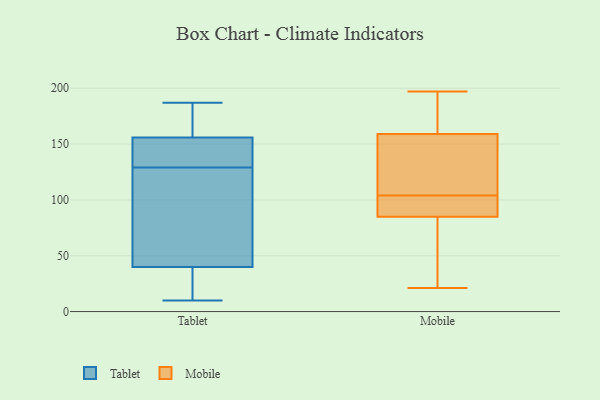
{"axis": {"x": "Revenue (USD Million)", "y": "Value"}, "legend": ["Mobile", "Tablet"], "data": [{"x": "", "y": 62, "type": "Tablet"}, {"x": "", "y": 61, "type": "Tablet"}, {"x": "", "y": 145, "type": "Tablet"}, {"x": "", "y": 10, "type": "Tablet"}, {"x": "", "y": 157, "type": "Tablet"}, {"x": "", "y": 175, "type": "Tablet"}, {"x": "", "y": 108, "type": "Tablet"}, {"x": "", "y": 16, "type": "Tablet"}, {"x": "", "y": 163, "type": "Tablet"}, {"x": "", "y": 179, "type": "Tablet"}, {"x": "", "y": 25, "type": "Tablet"}, {"x": "", "y": 27, "type": "Tablet"}, {"x": "", "y": 149, "type": "Tablet"}, {"x": "", "y": 126, "type": "Tablet"}, {"x": "", "y": 129, "type": "Tablet"}, {"x": "", "y": 143, "type": "Tablet"}, {"x": "", "y": 187, "type": "Tablet"}, {"x": "", "y": 33, "type": "Tablet"}, {"x": "", "y": 153, "type": "Tablet"}, {"x": "", "y": 98, "type": "Mobile"}, {"x": "", "y": 171, "type": "Mobile"}, {"x": "", "y": 159, "type": "Mobile"}, {"x": "", "y": 97, "type": "Mobile"}, {"x": "", "y": 91, "type": "Mobile"}, {"x": "", "y": 21, "type": "Mobile"}, {"x": "", "y": 159, "type": "Mobile"}, {"x": "", "y": 112, "type": "Mobile"}, {"x": "", "y": 169, "type": "Mobile"}, {"x": "", "y": 77, "type": "Mobile"}, {"x": "", "y": 197, "type": "Mobile"}, {"x": "", "y": 22, "type": "Mobile"}, {"x": "", "y": 110, "type": "Mobile"}, {"x": "", "y": 60, "type": "Mobile"}, {"x": "", "y": 85, "type": "Mobile"}, {"x": "", "y": 96, "type": "Mobile"}, {"x": "", "y": 128, "type": "Mobile"}, {"x": "", "y": 189, "type": "Mobile"}]}